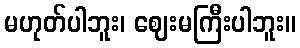
မဟုတ်ပါဘူး၊ ဈေးမကြီးပါဘူး။